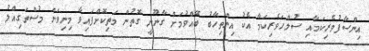
އިންސާފުވެރިކަމާއި ސުލްހަވެރިކަމާ އެކު އިންތިހާބު ބޭއްވުމަށް ގާނޫނީ ގޮތުން މަތިކޮށްފައިވާ މިނިވަން މުސްތަގިއްލު